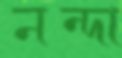
নন্দা